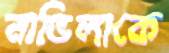
নাভিলাকে